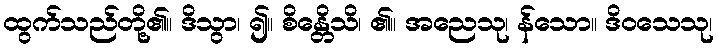
ထွက်သည်တို့၏။ ဒိသွာ၊ ၍။ စိန္တေိသိ၊ ၏။ အညေသု၊ န်သော။ ဒိဝသေသု၊